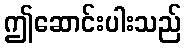
ဤဆောင်းပါးသည်